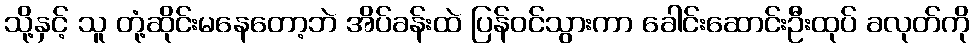
သို့နှင့် သူ တုံ့ဆိုင်းမနေတော့ဘဲ အိပ်ခန်းထဲ ပြန်ဝင်သွားကာ ခေါင်းဆောင်းဦးထုပ် ခလုတ်ကို